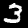
Label: 3